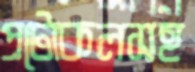
প্রটোকলসহ